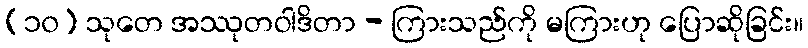
(၁၀) သုတေ အဿုတဝါဒိတာ - ကြားသည်ကို မကြားဟု ပြောဆိုခြင်း။